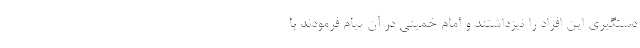
دستگیری این افراد را نیزداشتند و امام خمینی در آن پیام فرمودند با